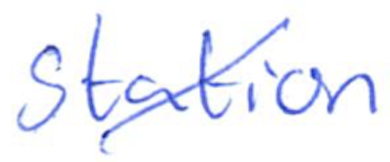
Text: station
Cross-out: diagonal
Writing tool: ballpoint